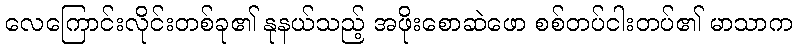
လေကြောင်းလိုင်းတစ်ခု၏ နုနယ်သည့် အဖိုးစောဆဲဖော စစ်တပ်ငါးတပ်၏ မာသာက